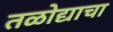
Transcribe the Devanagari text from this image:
तळोद्याचा